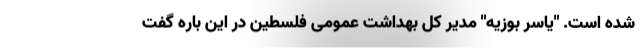
شده است. "یاسر بوزیه" مدیر کل بهداشت عمومی فلسطین در این باره گفت